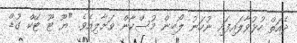
ދެއަތް ހުޅުވާލައިފައި ނުހަނު ލޯބިން މުސްކާން ވަށާލިއެވެ. "ޔޫ ޓޫ ޓޭކް ގުޑް